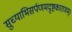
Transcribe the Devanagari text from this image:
सुच्याभिसर्पणमदृष्टकारणम्।